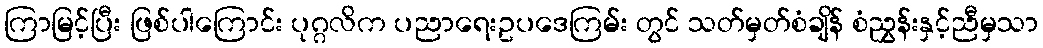
ကြာမြင့်ပြီး ဖြစ်ပါကြောင်း ပုဂ္ဂလိက ပညာရေးဥပဒေကြမ်း တွင် သတ်မှတ်စံချိန် စံညွှန်းနှင့်ညီမှသာ